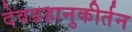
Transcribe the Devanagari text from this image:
देवग्रहानुकीर्तन